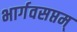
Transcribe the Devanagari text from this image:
भार्गवसप्तम्